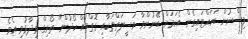
ވިސްނުން ބަހައްޓައިގެން އެކަމަށް ބޭނުންވާ ވަސީލަތްތަކާއި ގޮތްތައް ހޯދުން" ތޯރިގް ވިދާޅުވި އެވެ.